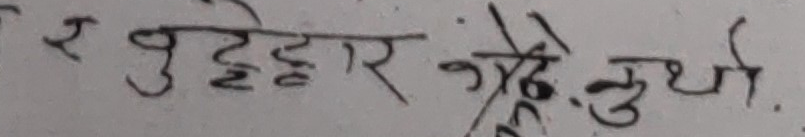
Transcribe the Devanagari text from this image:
र उदुदार त्र्येकै चुर्ती .